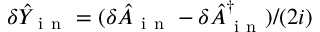
\delta \hat { Y } _ { \mathrm { ~ i ~ n ~ } } = ( \delta \hat { A } _ { \mathrm { ~ i ~ n ~ } } - \delta \hat { A } _ { \mathrm { ~ i ~ n ~ } } ^ { \dagger } ) / ( 2 i )